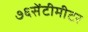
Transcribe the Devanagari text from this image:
७६सेंटीमीटर